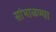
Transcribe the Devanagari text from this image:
सांभाळण्या